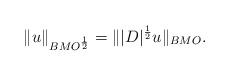
LaTeX: \begin{align*}\| u\|_{BMO^\frac12} = \| |D|^\frac12 u\|_{BMO}.\end{align*}